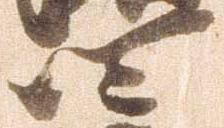
四